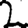
Digit: 2